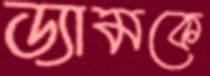
ড্যামকে